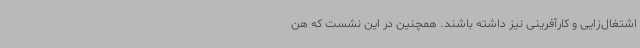
اشتغال‌زایی و کارآفرینی نیز داشته باشند. همچنین در این نشست که هن